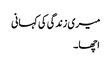
میری زندگی کی کہانی
اچھا۔